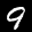
Label: 9